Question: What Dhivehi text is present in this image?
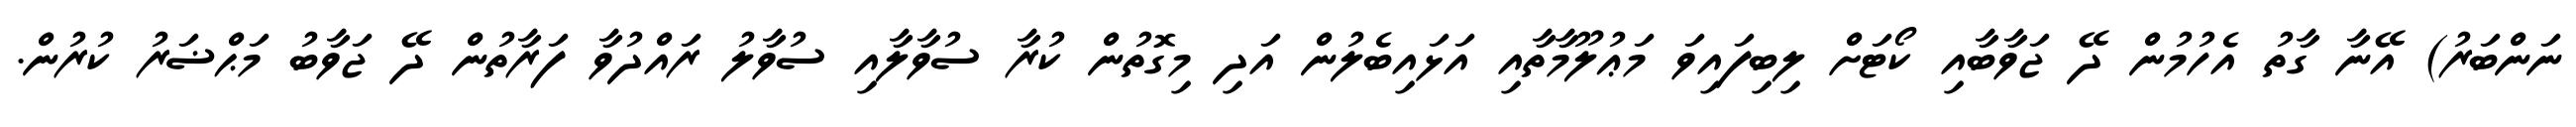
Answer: ނަންބަރު) އޭނާ ގާތު އެހުމުން ދޭ ޖަވާބާއި ކޯޓަށް ލިބިފައިވަ މަޢުލޫމާތާއި އަޅައިބެލުން އަދި މިގޮތުން ކުރާ ސުވާލާއި ސުވާލު ރައްދުވާ ފަރާތުން ދޭ ޖަވާބު މަޙްޟަރު ކުރުން.